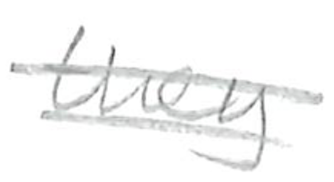
Text: they
Cross-out: double-line
Writing tool: pencil